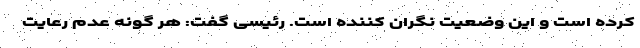
کرده است و این وضعیت نگران کننده است. رئیسی گفت: هر گونه عدم رعایت